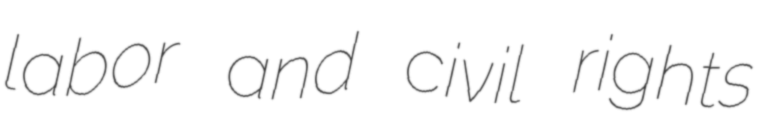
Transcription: labor and civil rights